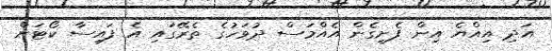
އަދި އިއްޔެ އިން ފެށިގެން އެއްމަސް ދުވަހުގެ ތެރޭގައި އެ ފައިސާ ކޯޓަށް